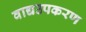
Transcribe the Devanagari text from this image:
वाद्यउपकरण